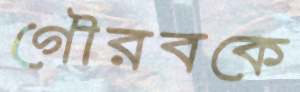
গৌরবকে